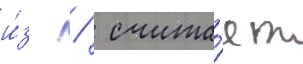
и́з   счита́ет